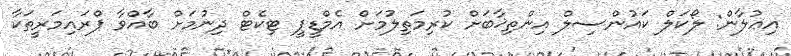
އިޢުލާން: ލޯކަލް ކައުންސިލް އިންތިޚާބަށް ކުރިމަތިލުމަށް އެމްޑީޕީ ޓިކެޓް ދިނުމަށް ބާއްވާ ޕްރައިމަރީތަކާ